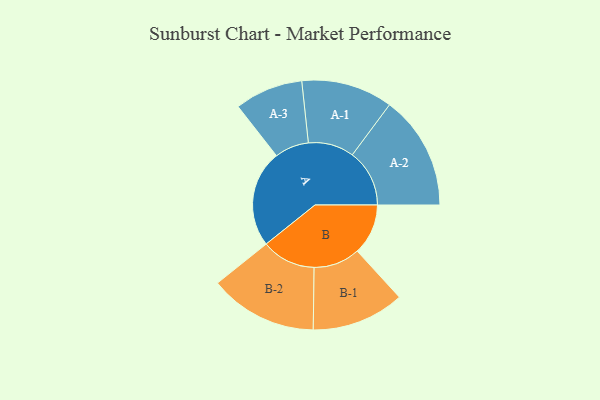
{"axis": {"x": "Segment", "y": "Value"}, "legend": ["", "A", "B"], "data": [{"x": "A", "y": 477, "type": ""}, {"x": "B", "y": 250, "type": ""}, {"x": "A-1", "y": 225, "type": "A"}, {"x": "A-2", "y": 281, "type": "A"}, {"x": "A-3", "y": 168, "type": "A"}, {"x": "B-1", "y": 228, "type": "B"}, {"x": "B-2", "y": 266, "type": "B"}]}